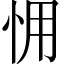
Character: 𢘭